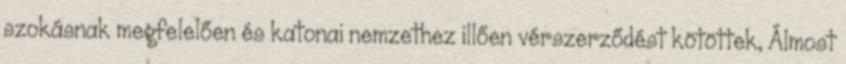
szokásnak megfelelően és katonai nemzethez illően vérszerződést kötöttek, Álmost